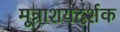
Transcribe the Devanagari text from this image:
मूत्राशयदर्शक